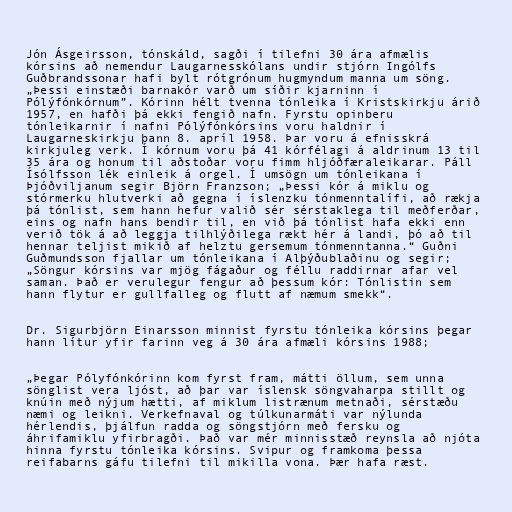
Jón Ásgeirsson, tónskáld, sagði í tilefni 30 ára afmælis
kórsins að nemendur Laugarnesskólans undir stjórn Ingólfs
Guðbrandssonar hafi bylt rótgrónum hugmyndum manna um söng.
„Þessi einstæði barnakór varð um síðir kjarninn í
Pólýfónkórnum”. Kórinn hélt tvenna tónleika í Kristskirkju árið
1957, en hafði þá ekki fengið nafn. Fyrstu opinberu
tónleikarnir í nafni Pólýfónkórsins voru haldnir í
Laugarneskirkju þann 8. apríl 1958. Þar voru á efnisskrá
kirkjuleg verk. Í kórnum voru þá 41 kórfélagi á aldrinum 13 til
35 ára og honum til aðstoðar voru fimm hljóðfæraleikarar. Páll
Ísólfsson lék einleik á orgel. Í umsögn um tónleikana í
Þjóðviljanum segir Björn Franzson; „Þessi kór á miklu og
stórmerku hlutverki að gegna í íslenzku tónmenntalífi, að rækja
þá tónlist, sem hann hefur valið sér sérstaklega til meðferðar,
eins og nafn hans bendir til, en við þá tónlist hafa ekki enn
verið tök á að leggja tilhlýðilega rækt hér á landi, þó að til
hennar teljist mikið af helztu gersemum tónmenntanna.“ Guðni
Guðmundsson fjallar um tónleikana í Alþýðublaðinu og segir;
„Söngur kórsins var mjög fágaður og féllu raddirnar afar vel
saman. Það er verulegur fengur að þessum kór: Tónlistin sem
hann flytur er gullfalleg og flutt af næmum smekk“.

Dr. Sigurbjörn Einarsson minnist fyrstu tónleika kórsins þegar
hann lítur yfir farinn veg á 30 ára afmæli kórsins 1988;

„Þegar Pólyfónkórinn kom fyrst fram, mátti öllum, sem unna
sönglist vera ljóst, að þar var íslensk söngvaharpa stillt og
knúin með nýjum hætti, af miklum listrænum metnaði, sérstæðu
næmi og leikni. Verkefnaval og túlkunarmáti var nýlunda
hérlendis, þjálfun radda og söngstjórn með fersku og
áhrifamiklu yfirbragði. Það var mér minnisstæð reynsla að njóta
hinna fyrstu tónleika kórsins. Svipur og framkoma þessa
reifabarns gáfu tilefni til mikilla vona. Þær hafa ræst.